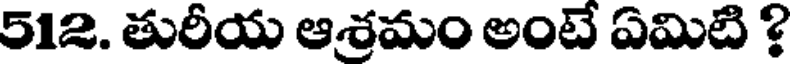
512. తురీయ ఆశ్రమం అంటే ఏమిటి ?